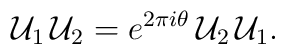
{\cal U}_1\,{\cal U}_2=e^{2\pi i\theta}\,{\cal U}_2\, {\cal U}_1.